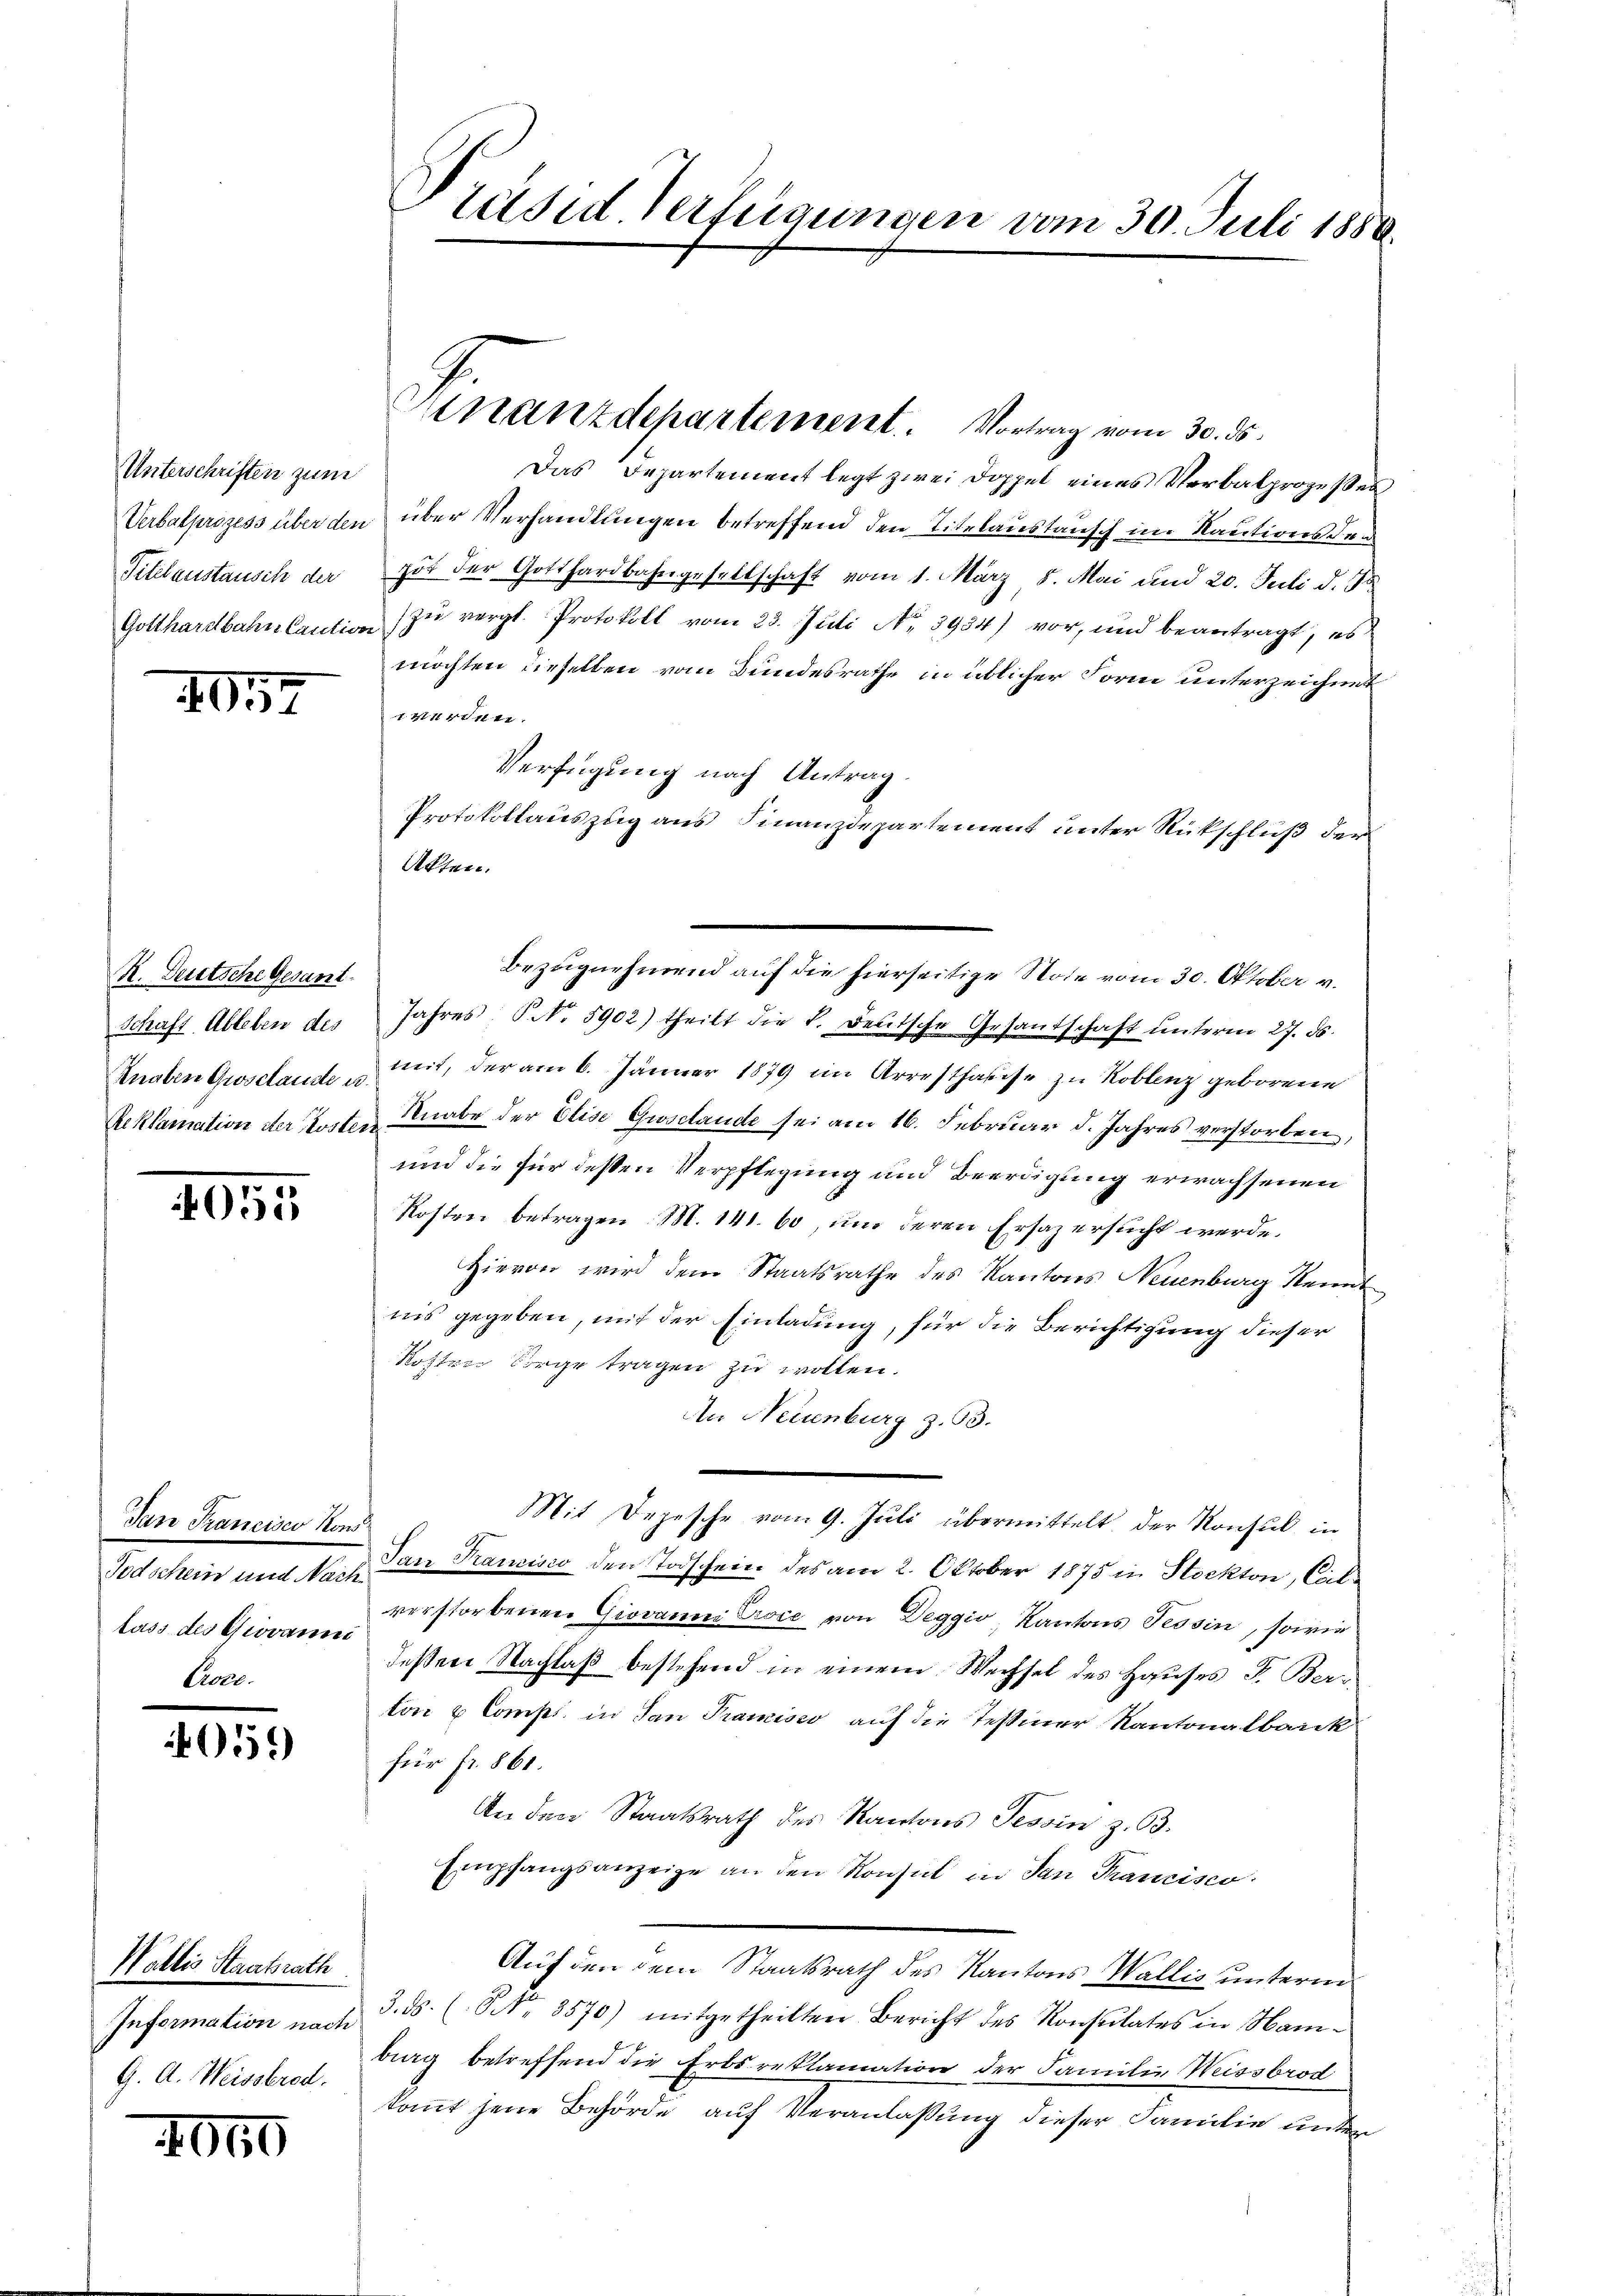
Unterschriften zum
Verbalprozess über den
Titelaustausch der

XI.57

R. Deutsche Gesant.
Schaft. Ableben des
Knaben Grosclaude u.
Reklamation der Koster.

4052

Jean Francisco Kons
Todschein und Nach
luss des Giovanni

05.)

Wattis Staatsrath
Information nach
G. A. Weissbrod.

4040

Präsid. Verfügungen vom 30. Juli 1880.

Das Departement legt zwei Doppel eines Verbalprozessen
über Verhandlungen betreffend den Titelaustausch im Kautions den
pot der Gotthardbahngesellschaft vom 1. März 8. Mai und 20. Juli d. d
Gotthardbahn Caution zŭ vergl. Protokoll vom 23. Juli No. 3934) vor, und beantragt, es
möchten dieselben vom Bundesrathe in üblicher Form unterzeichnet
1 werden.
Verfügung nach Antrag.
Protokollauszug aus Finanzdepartement unter Rückschluß der
Akten.
Jahres P. No. 5902) theilt die F. deutsche Gesantschaft ŭnterm 27. ds.
mit, der am 6. Jänner 1879 im Arresthause zu Koblenz geborene
Knabe der Elise Groschande sei am 16. Februar d. Jahres verstorben,
und die für dessen Verpflegung und Beerdigung erwachsenen
Kosten betragen M. 141. 60, und deren Ersaz ersucht werde.
Hievon wird dem Staatsrathe des Kantons Neuenburg Kennt
nis gegeben, mit der Einladung, für die Berichtigung dieser
Koster Sorge tragen zu wollen.
An Neuenburg z. 63.
Mit Depesche vom 9. Juli übermittelt, der Konsul in
Jan Franzisco den Todschein des am 2. Oktober 1875 in Stockton, Calverstorbenen Giovanni Proce von Deggio, Kantons Tessin, sowie
deßen Nachlaß bestehend in einem Wechsel des Hauses F. Ber
ton & Comp. in San Prancisco auf die Teßiner Kantonalbark
für fr. 861.
An den Staatsrath des Kantons Tessin z. 63.
Empfangsanzeige an den Konsul in dan Trancisco
Auf den dem Staatsrath des Kantons Wallis unterm
3. ds. (NNNo. 3570) mitgetheilten Bericht des Konsulates in Nambag betreffend die Erbs reklamation der Familie Weissbrod
kommt jene Behörde auf Veranlaßung dieser Familie unter

nanzdepartement. Vortrag vom 30. ds.

Bezugnehmend auf die hierseitige Note vom 30. Oktober v.